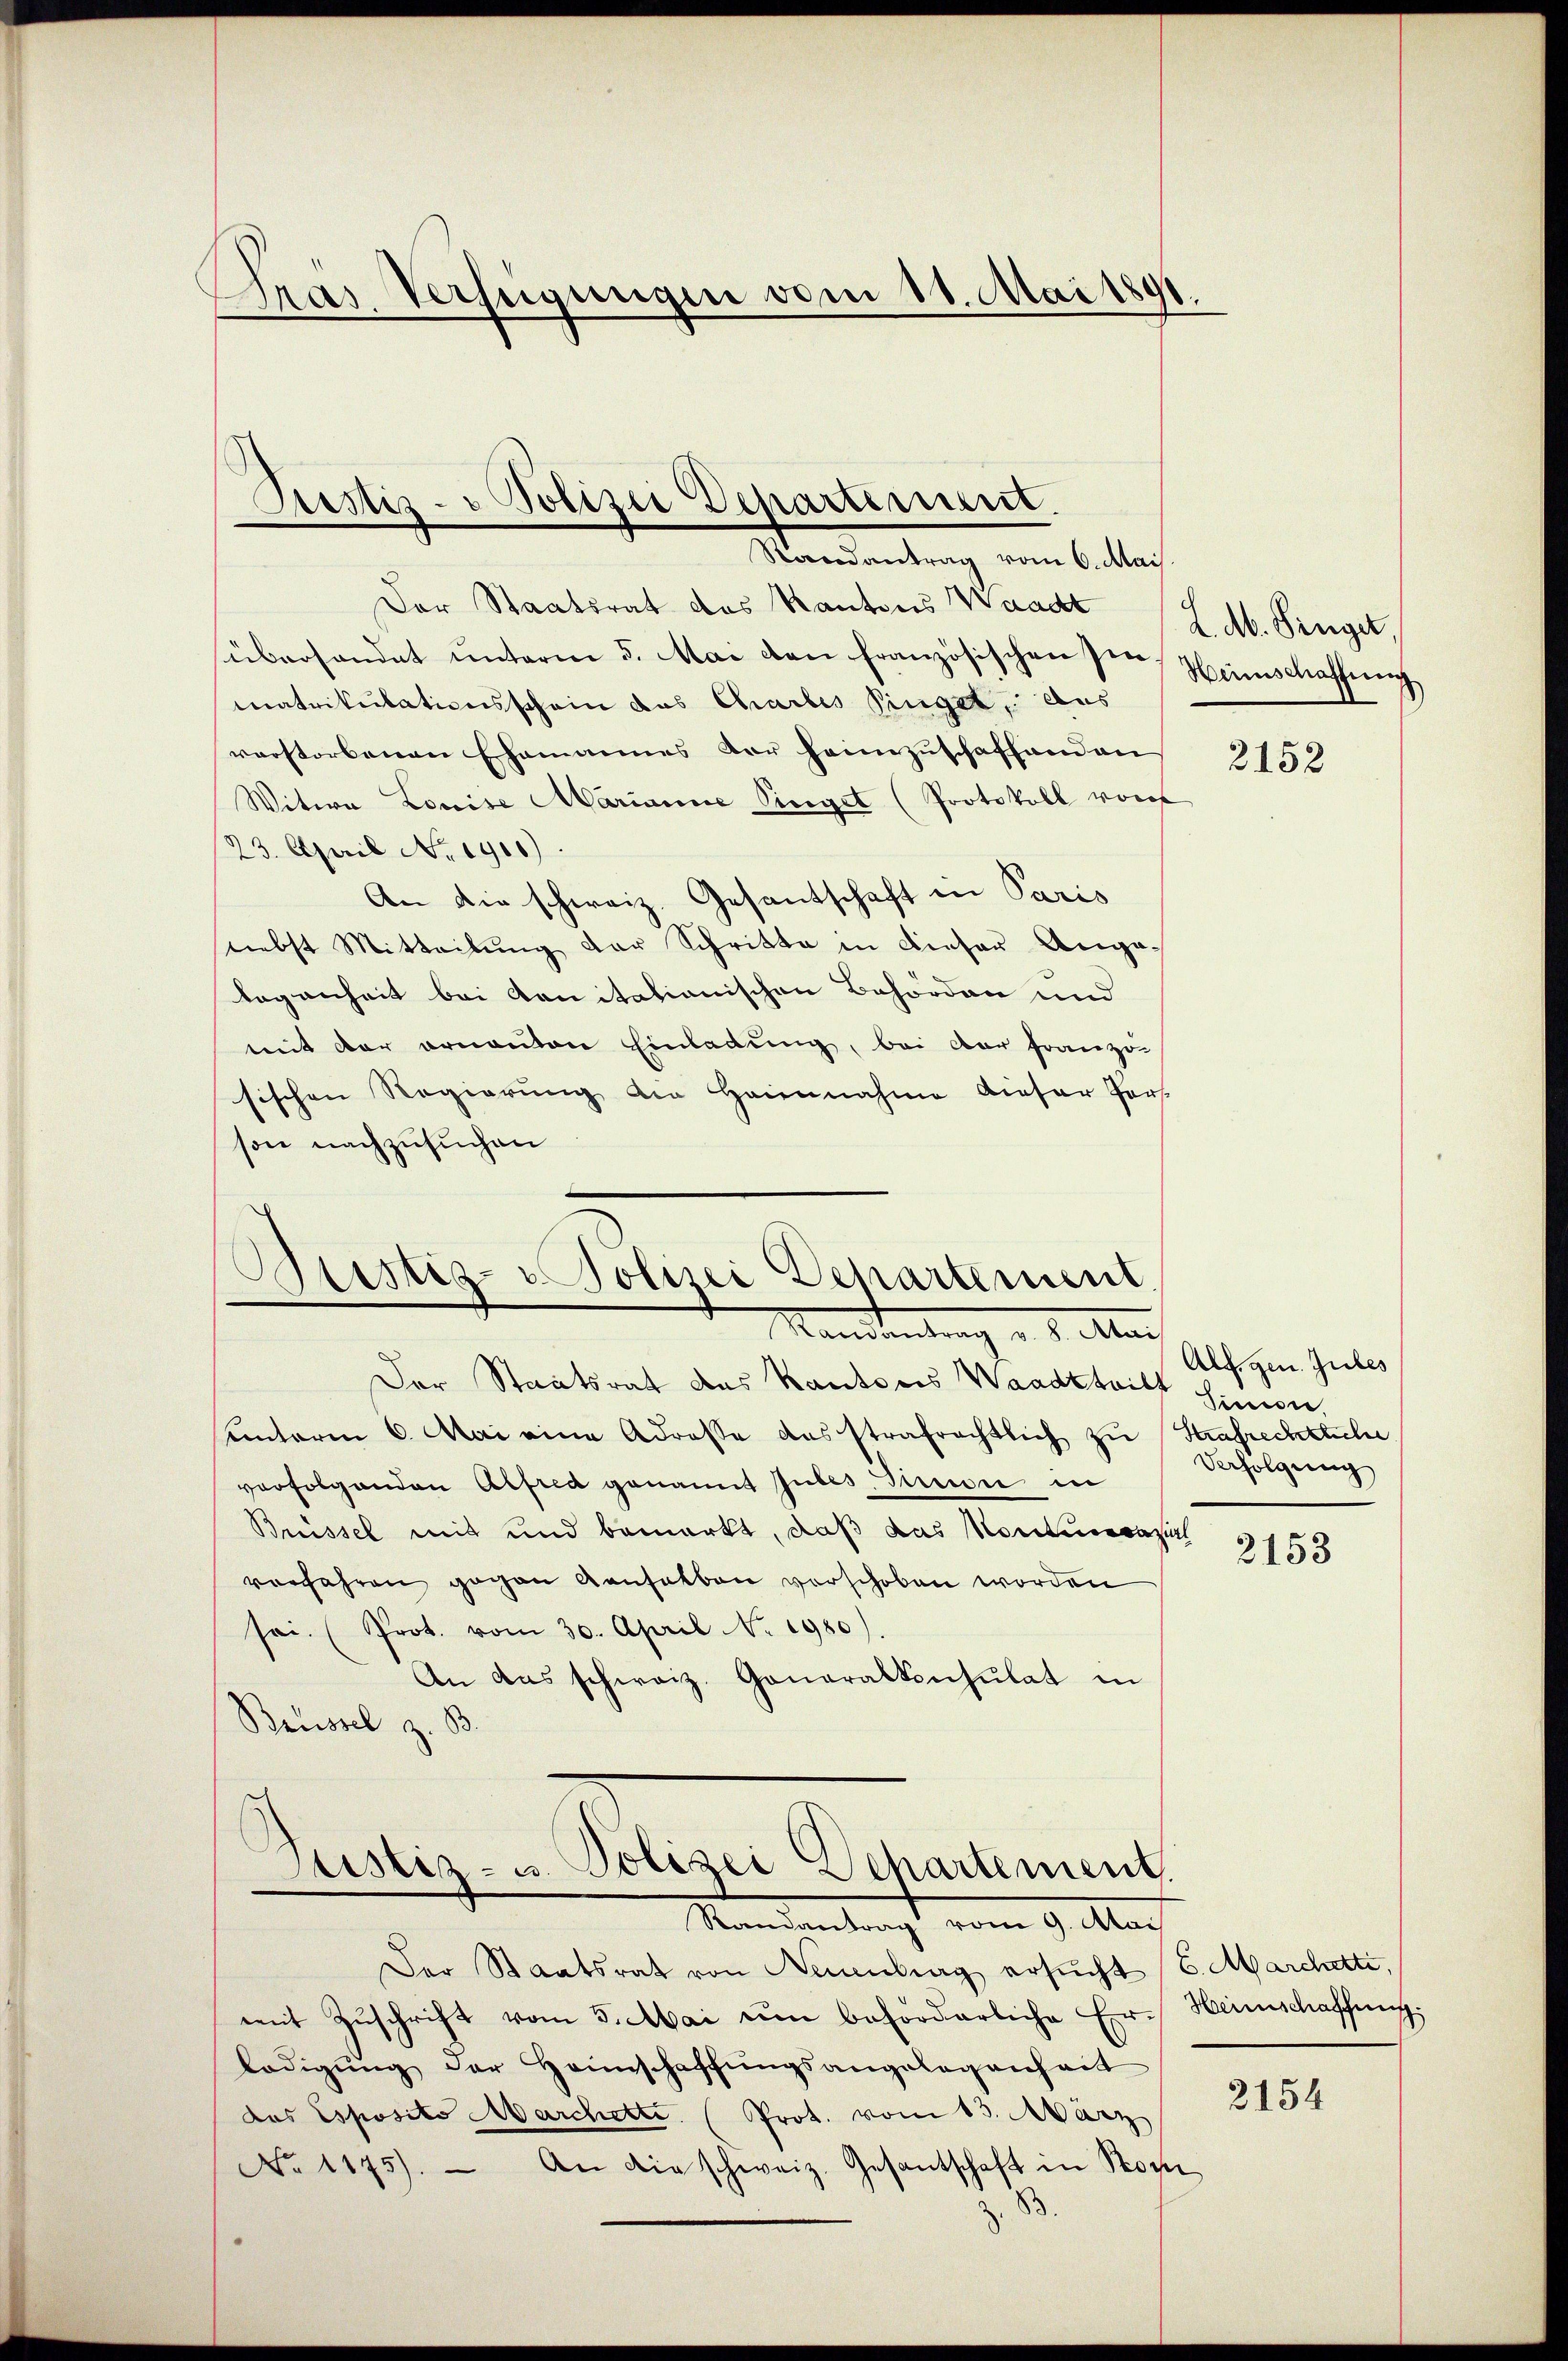
Gras Verfügungen vom 18. Mai 1891.

Der Staatsrat des Kantons Waadt Ldb. Singet,
überhandet unterm 5. Mai den französischen sei, Heimschaffung
matrikulationsschein das Charbes Singet, aus
verstorbenen Ehemannes der heimzuschaffenden
Witwe Louise Marianne Singet (Protokoll vor
23. April No 1900).
An die schweiz. Gesantschaft in Paris
nebst Mitteilung der Schritte in dieser Angalegenheit bei Sanitationischen Behörden und
mit der ernantone Einladung, bei der Franzö
sischen Regierŭng die Hannahme dieser Pers
son nachzusuchen

Pestiz- & Polizei Departement.
Randantrag vom 6. Mai.

Sistig - Polizei Departement.
Mandantung d. d. Man

Der Staatsrat des Kantons Waadtteilt
uinterm 6. Mai eine Adrosse das strafrechtlich zu Strafrechtliche
verfolgenden Alfred genannt jubes, Priore in
Bnissel mit und bemerkt, daß das Montumazi
vorfahren gegen Anselben verschoben worden
sei. (Prot. vom 30. April No. 1980).
An das schweiz. Generalkonsulat in
Brüssel z. B.
Justiz- u. Polizei Departement.

Randantrag vom 9. Mai

Der Staatsrat von Neuenburg ersucht 6. Marchetti,
mit Zŭschrift vom 5. Mai um beforderliche Er-Heimschaffung.
lädigŭng der Heimschaffŭngsangelegenheit
das Esposito Marchette. (Prot. vom 13. März
No 1175). An die schweiz. Gesantschaft in Port

2152

Alf. gen. Gutes
Simon
Verfolgung

2153

2154